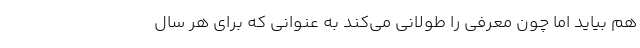
هم بیاید اما چون معرفی را طولانی می‌کند به عنوانی که برای هر سال